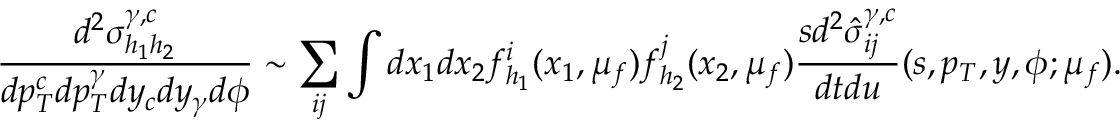
\frac { d ^ { 2 } \sigma _ { h _ { 1 } h _ { 2 } } ^ { \gamma , c } } { d p _ { T } ^ { c } d p _ { T } ^ { \gamma } d y _ { c } d y _ { \gamma } d \phi } \sim \sum _ { i j } \int d x _ { 1 } d x _ { 2 } f _ { h _ { 1 } } ^ { i } ( x _ { 1 } , \mu _ { f } ) f _ { h _ { 2 } } ^ { j } ( x _ { 2 } , \mu _ { f } ) \frac { s d ^ { 2 } \hat { \sigma } _ { i j } ^ { \gamma , c } } { d t d u } ( s , p _ { T } , y , \phi ; \mu _ { f } ) .